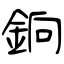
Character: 銄